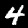
Label: 4